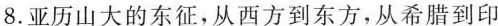
8.亚历山大的东征，从西方到东方，从希腊到印